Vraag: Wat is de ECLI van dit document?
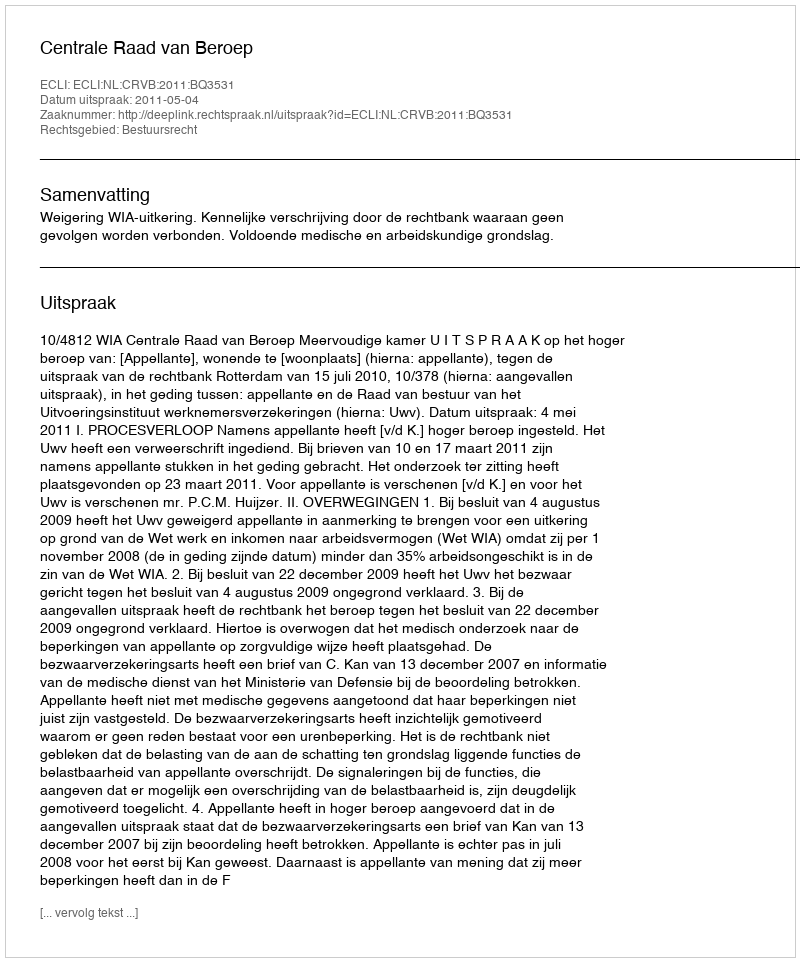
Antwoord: ECLI:NL:CRVB:2011:BQ3531